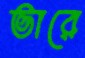
ভারে